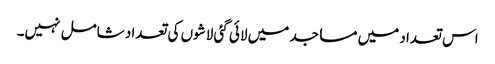
اس تعداد میں مساجد میں لائی گئی لاشوں کی تعداد شامل نہیں۔